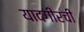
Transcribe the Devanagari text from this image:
यादगीरची